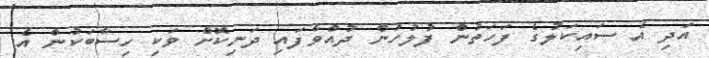
އަދި އެ ސައިކަލުގެ ފަހަތުން ފުލުހުން ދުއްވާފައި ދަނިކޮށް ވަކި ހިސާބަކުން އެ